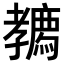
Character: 𡦳